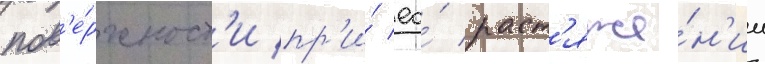
пов'е́рхност'и пр'и́ ео́ раст'яже́н'ии